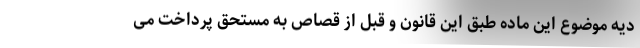
دیه موضوع این ماده طبق این قانون و قبل از قصاص به مستحق پرداخت می